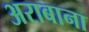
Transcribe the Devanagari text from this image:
अराबाना